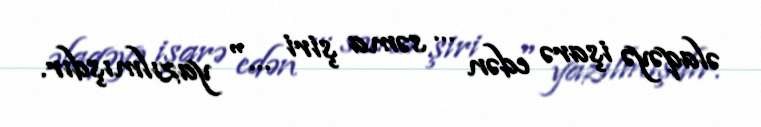
əlaqəyə işarə edən … səma şiri …" yazılmışdır.